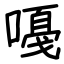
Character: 嘠